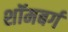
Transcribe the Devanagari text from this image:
शॉमबर्ग